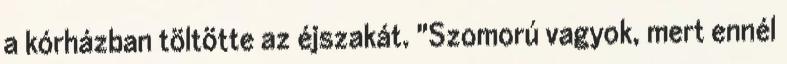
a kórházban töltötte az éjszakát. "Szomorú vagyok, mert ennél